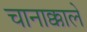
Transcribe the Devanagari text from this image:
चानाक्काले